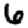
Digit: 6